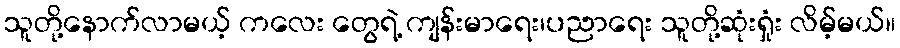
သူတို့နောက်လာမယ့် ကလေး တွေရဲ့ ကျန်းမာရေး၊ပညာရေး သူတို့ဆုံးရှုံး လိမ့်မယ်။